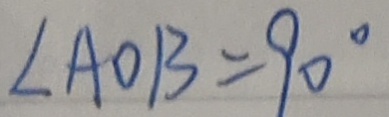
\angle A O B = 9 0 ^ { \circ }